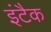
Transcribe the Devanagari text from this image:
इंटैक